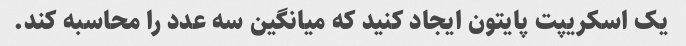
یک اسکریپت پایتون ایجاد کنید که میانگین سه عدد را محاسبه کند.